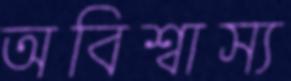
অবিশ্বাস্য